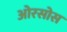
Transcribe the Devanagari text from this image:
ओरसोस